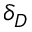
\delta _ { D }